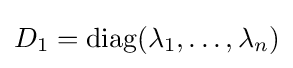
D_{1}={\text{diag}}(\lambda _{1},\ldots ,\lambda _{n})